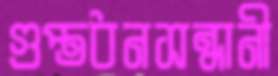
গুপ্তধনসন্ধানী